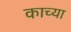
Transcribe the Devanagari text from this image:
काच्या